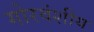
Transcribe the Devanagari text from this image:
गोरवंशीय